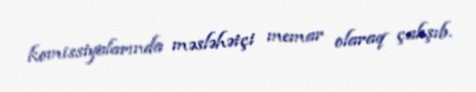
komissiyalarında məsləhətçi memar olaraq çalışıb.